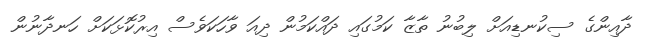
ދާއިންގެ ސިކުނޑިއަށް ލިބުނު ތާޒާ ކަމުގައި ދައްކަމުން ދިއަ ވާހަކަވެސް އިރުކޮޅަކަށް ހަނދާނުން